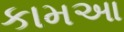
કામઆ